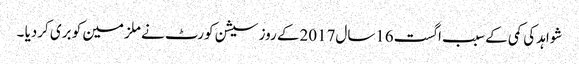
شواہد کی کمی کے سبب اگست16سال2017کے روز سیشن کورٹ نے ملزمین کو بری کردیا ۔